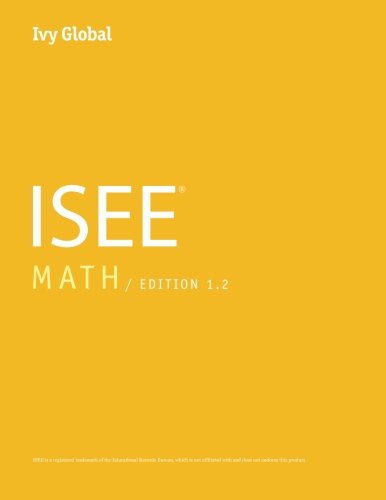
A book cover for Ivy Global ISEE Math 2015 (Prep Book); Ivy Global; Test Preparation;